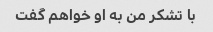
با تشکر من به او خواهم گفت